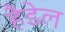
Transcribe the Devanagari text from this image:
हैडेल